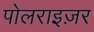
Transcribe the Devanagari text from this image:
पोलराइज़र